Problem: 12 + 24 = ?
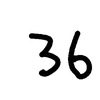
Handwritten answer: 36